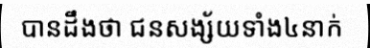
បានដឹងថា ជនសង្ស័យទាំង៤នាក់